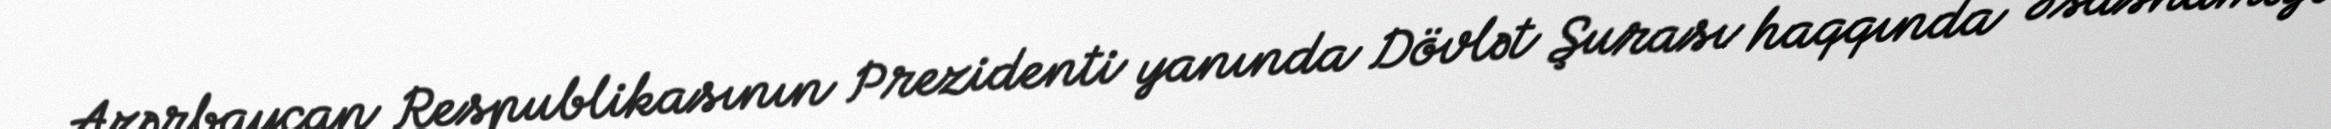
Azərbaycan Respublikasının Prezidenti yanında Dövlət Şurası haqqında Əsasnaməyə